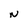
Character: N